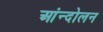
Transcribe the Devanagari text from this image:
आंन्दोलन